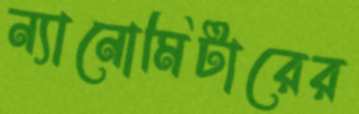
ন্যানোমিটারের